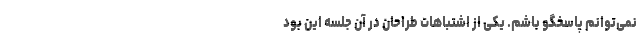
نمی‌توانم پاسخگو باشم. یکی از اشتباهات طراحان در آن جلسه‌ این بود